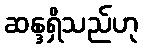
ဆန္ဒရှိသည်ဟု